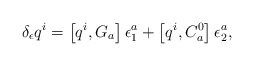
\begin{align*}\delta _\epsilon q^i=\left[ q^i,G_a\right] \epsilon _1^a+\left[q^i,C_a^0\right] \epsilon _2^a,\end{align*}